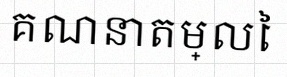
គណនាតម្លៃ